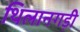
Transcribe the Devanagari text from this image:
थिलानगड़ी